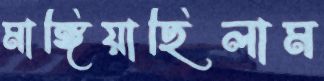
মাঙ্গিয়াছিলাম